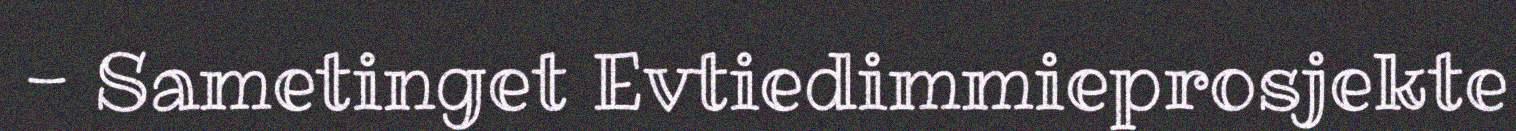
- Sametinget Evtiedimmieprosjekte